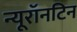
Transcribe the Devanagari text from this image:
न्यूरॉनटिन